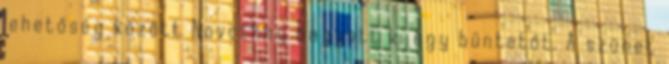
lehetőség között Novothny hagyott ki egy büntetőt. A szünet